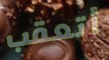
أتعقب